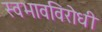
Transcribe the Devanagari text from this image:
स्वभावविरोधी